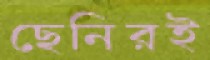
ছেনিরই